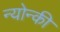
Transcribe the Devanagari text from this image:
न्योन्की